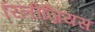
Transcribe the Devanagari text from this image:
रिलीज़ियस